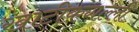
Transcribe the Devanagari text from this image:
खाटीकगल्ली